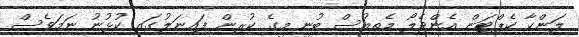
ލަންކާ ކެޕްޓަން އެންޖެލޯ މެތިއުސް ބުނީ މީގެ ކުރިން ފައިނަލުގައި ކުޅުނު ނަމަވެސް